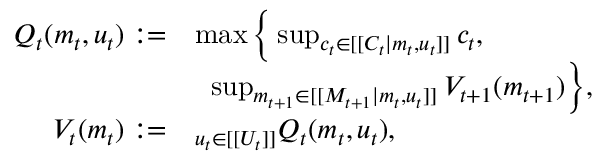
\begin{array} { r l } { Q _ { t } ( m _ { t } , u _ { t } ) : = } & { \operatorname* { m a x } \Big \{ \operatorname* { s u p } _ { c _ { t } \in [ [ C _ { t } | m _ { t } , u _ { t } ] ] } c _ { t } , } \\ & { \; \; \operatorname* { s u p } _ { m _ { t + 1 } \in [ [ M _ { t + 1 } | m _ { t } , u _ { t } ] ] } V _ { t + 1 } ( m _ { t + 1 } ) \Big \} , } \\ { V _ { t } ( m _ { t } ) : = } & { \relax _ { u _ { t } \in [ [ U _ { t } ] ] } Q _ { t } ( m _ { t } , u _ { t } ) , } \end{array}